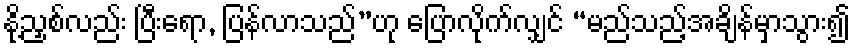
နို့ညှစ်လည်း ပြီးရော, ပြန်လာသည်”ဟု ပြောလိုက်လျှင် “မည်သည့်အချိန်မှာသွား၍